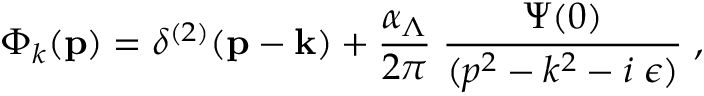
\Phi _ { k } ( { \bf p } ) = \delta ^ { ( 2 ) } ( { \bf p } - { \bf k } ) + \frac { \alpha _ { \Lambda } } { 2 \pi } \; \frac { \Psi ( 0 ) } { ( p ^ { 2 } - k ^ { 2 } - i \; \epsilon ) } \; ,